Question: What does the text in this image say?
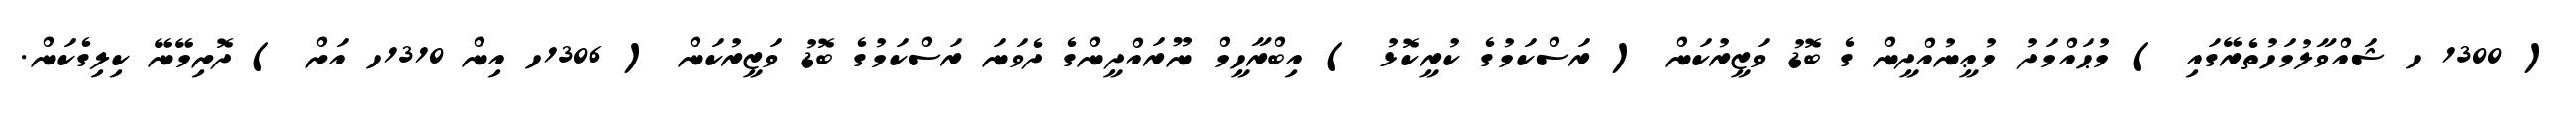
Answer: ( 1300 ހ ޝައްވާލުމަހުތެރޭގައި ) މުޙައްމަދު މުޢީނުއްދީން ގެ ބޮޑު ވަޒީރުކަން ( ރަސްކަމުގެ ކުރީކޮޅު ) އިބްރާހީމް ނޫރައްދީންގެ ދެވަނަ ރަސްކަމުގެ ބޮޑު ވަޒީރުކަން ( 1306ހ އިން 1310ހ އަށް ) ދޮށިމޭނޭ ކިލިގެކަން.